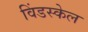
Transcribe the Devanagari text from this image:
विंडस्केल